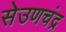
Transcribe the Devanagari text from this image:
सेउणचंद्र